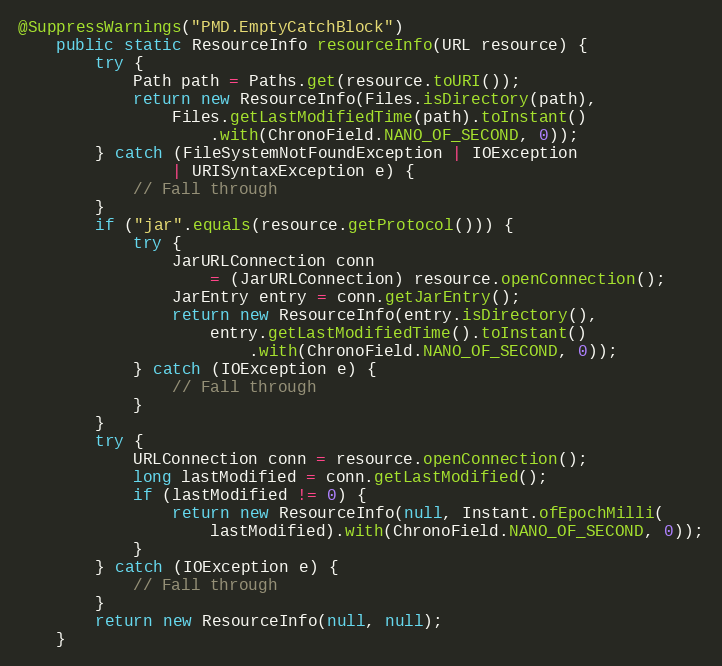
Language: Java
@SuppressWarnings("PMD.EmptyCatchBlock")
    public static ResourceInfo resourceInfo(URL resource) {
        try {
            Path path = Paths.get(resource.toURI());
            return new ResourceInfo(Files.isDirectory(path),
                Files.getLastModifiedTime(path).toInstant()
                    .with(ChronoField.NANO_OF_SECOND, 0));
        } catch (FileSystemNotFoundException | IOException
                | URISyntaxException e) {
            // Fall through
        }
        if ("jar".equals(resource.getProtocol())) {
            try {
                JarURLConnection conn
                    = (JarURLConnection) resource.openConnection();
                JarEntry entry = conn.getJarEntry();
                return new ResourceInfo(entry.isDirectory(),
                    entry.getLastModifiedTime().toInstant()
                        .with(ChronoField.NANO_OF_SECOND, 0));
            } catch (IOException e) {
                // Fall through
            }
        }
        try {
            URLConnection conn = resource.openConnection();
            long lastModified = conn.getLastModified();
            if (lastModified != 0) {
                return new ResourceInfo(null, Instant.ofEpochMilli(
                    lastModified).with(ChronoField.NANO_OF_SECOND, 0));
            }
        } catch (IOException e) {
            // Fall through
        }
        return new ResourceInfo(null, null);
    }